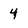
Character: 4